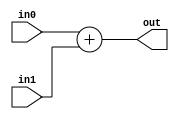
module adder
#(parameter width = 8)
(
    output[width-1:0] out,
    input[width-1:0] in0, in1
);

assign out = in0+in1;

endmodule